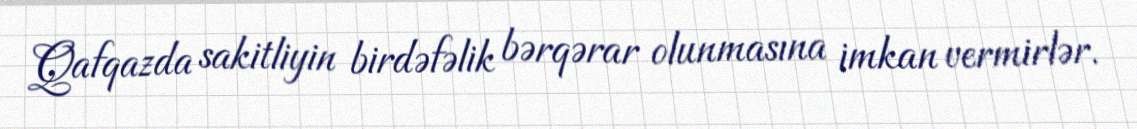
Qafqazda sakitliyin birdəfəlik bərqərar olunmasına imkan vermirlər.